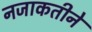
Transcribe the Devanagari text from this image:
नजाकतीने